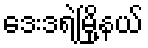
ဒေးဒရဲမြို့နယ်